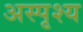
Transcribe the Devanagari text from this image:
अस्‍पृश्य